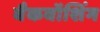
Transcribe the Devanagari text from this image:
बैकवॉशिंग